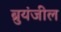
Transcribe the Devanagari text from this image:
ब्रुयंजील